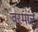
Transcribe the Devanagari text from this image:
वरमांट